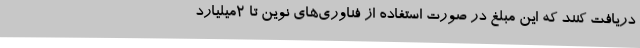
دریافت کنند که این مبلغ در صورت استفاده از فناوری‌های نوین تا 2میلیارد